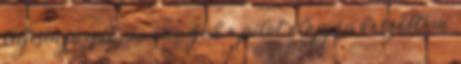
teljesen jó volt.” én mondjuk a pilot alapján kaszáltam,